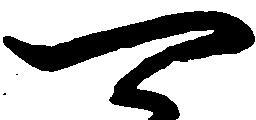
可